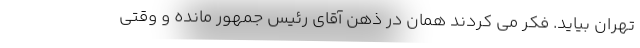
تهران بیاید. فکر می کردند همان در ذهن آقای رئیس جمهور مانده و وقتی